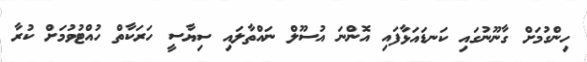
ހިންގުމަށް ގާނޫނުގައި ކަނޑައަޅާފައި އޮންނަ އުސޫލް ނައްތާލައި ސިޔާސީ ހަރަކާތް ހުއްޓުވުމަށް ކުރާ